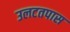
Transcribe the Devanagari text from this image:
उलटतपास